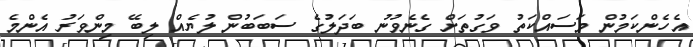
އެހެންކަމުން މަސައްކަތު ވަގުތަށް ގެނެވުނު ބަދަލުގެ ސަބަބުން ލުޔެއް ލިބޭ މިންވަރު އެންމެ